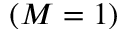
( M = 1 )